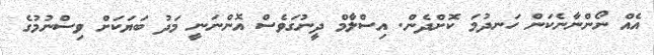
އެއް ނޯންނާނެކަން ހަނދުމަ ކޮށްދެން. އިސްލާމް ދީނުގަވެސް އޮންނަނީ މަދު ބަޔަކަށް ވިސްނުމުގެ